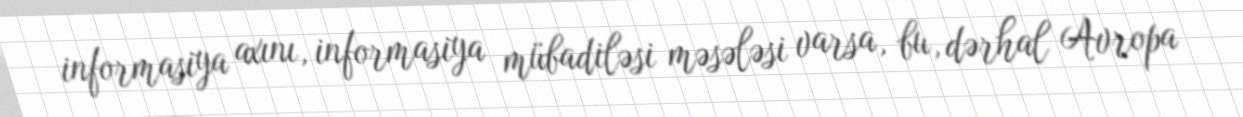
informasiya axını, informasiya mübadiləsi məsələsi varsa, bu, dərhal Avropa